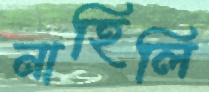
নাহিলি